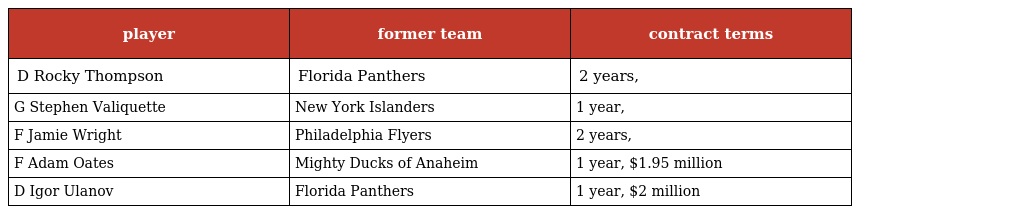
| player | former team | contract terms |
 | --- | --- | --- |
 | D Rocky Thompson | Florida Panthers | 2 years, |
 | G Stephen Valiquette | New York Islanders | 1 year, |
 | F Jamie Wright | Philadelphia Flyers | 2 years, |
 | F Adam Oates | Mighty Ducks of Anaheim | 1 year, $1.95 million |
 | D Igor Ulanov | Florida Panthers | 1 year, $2 million |